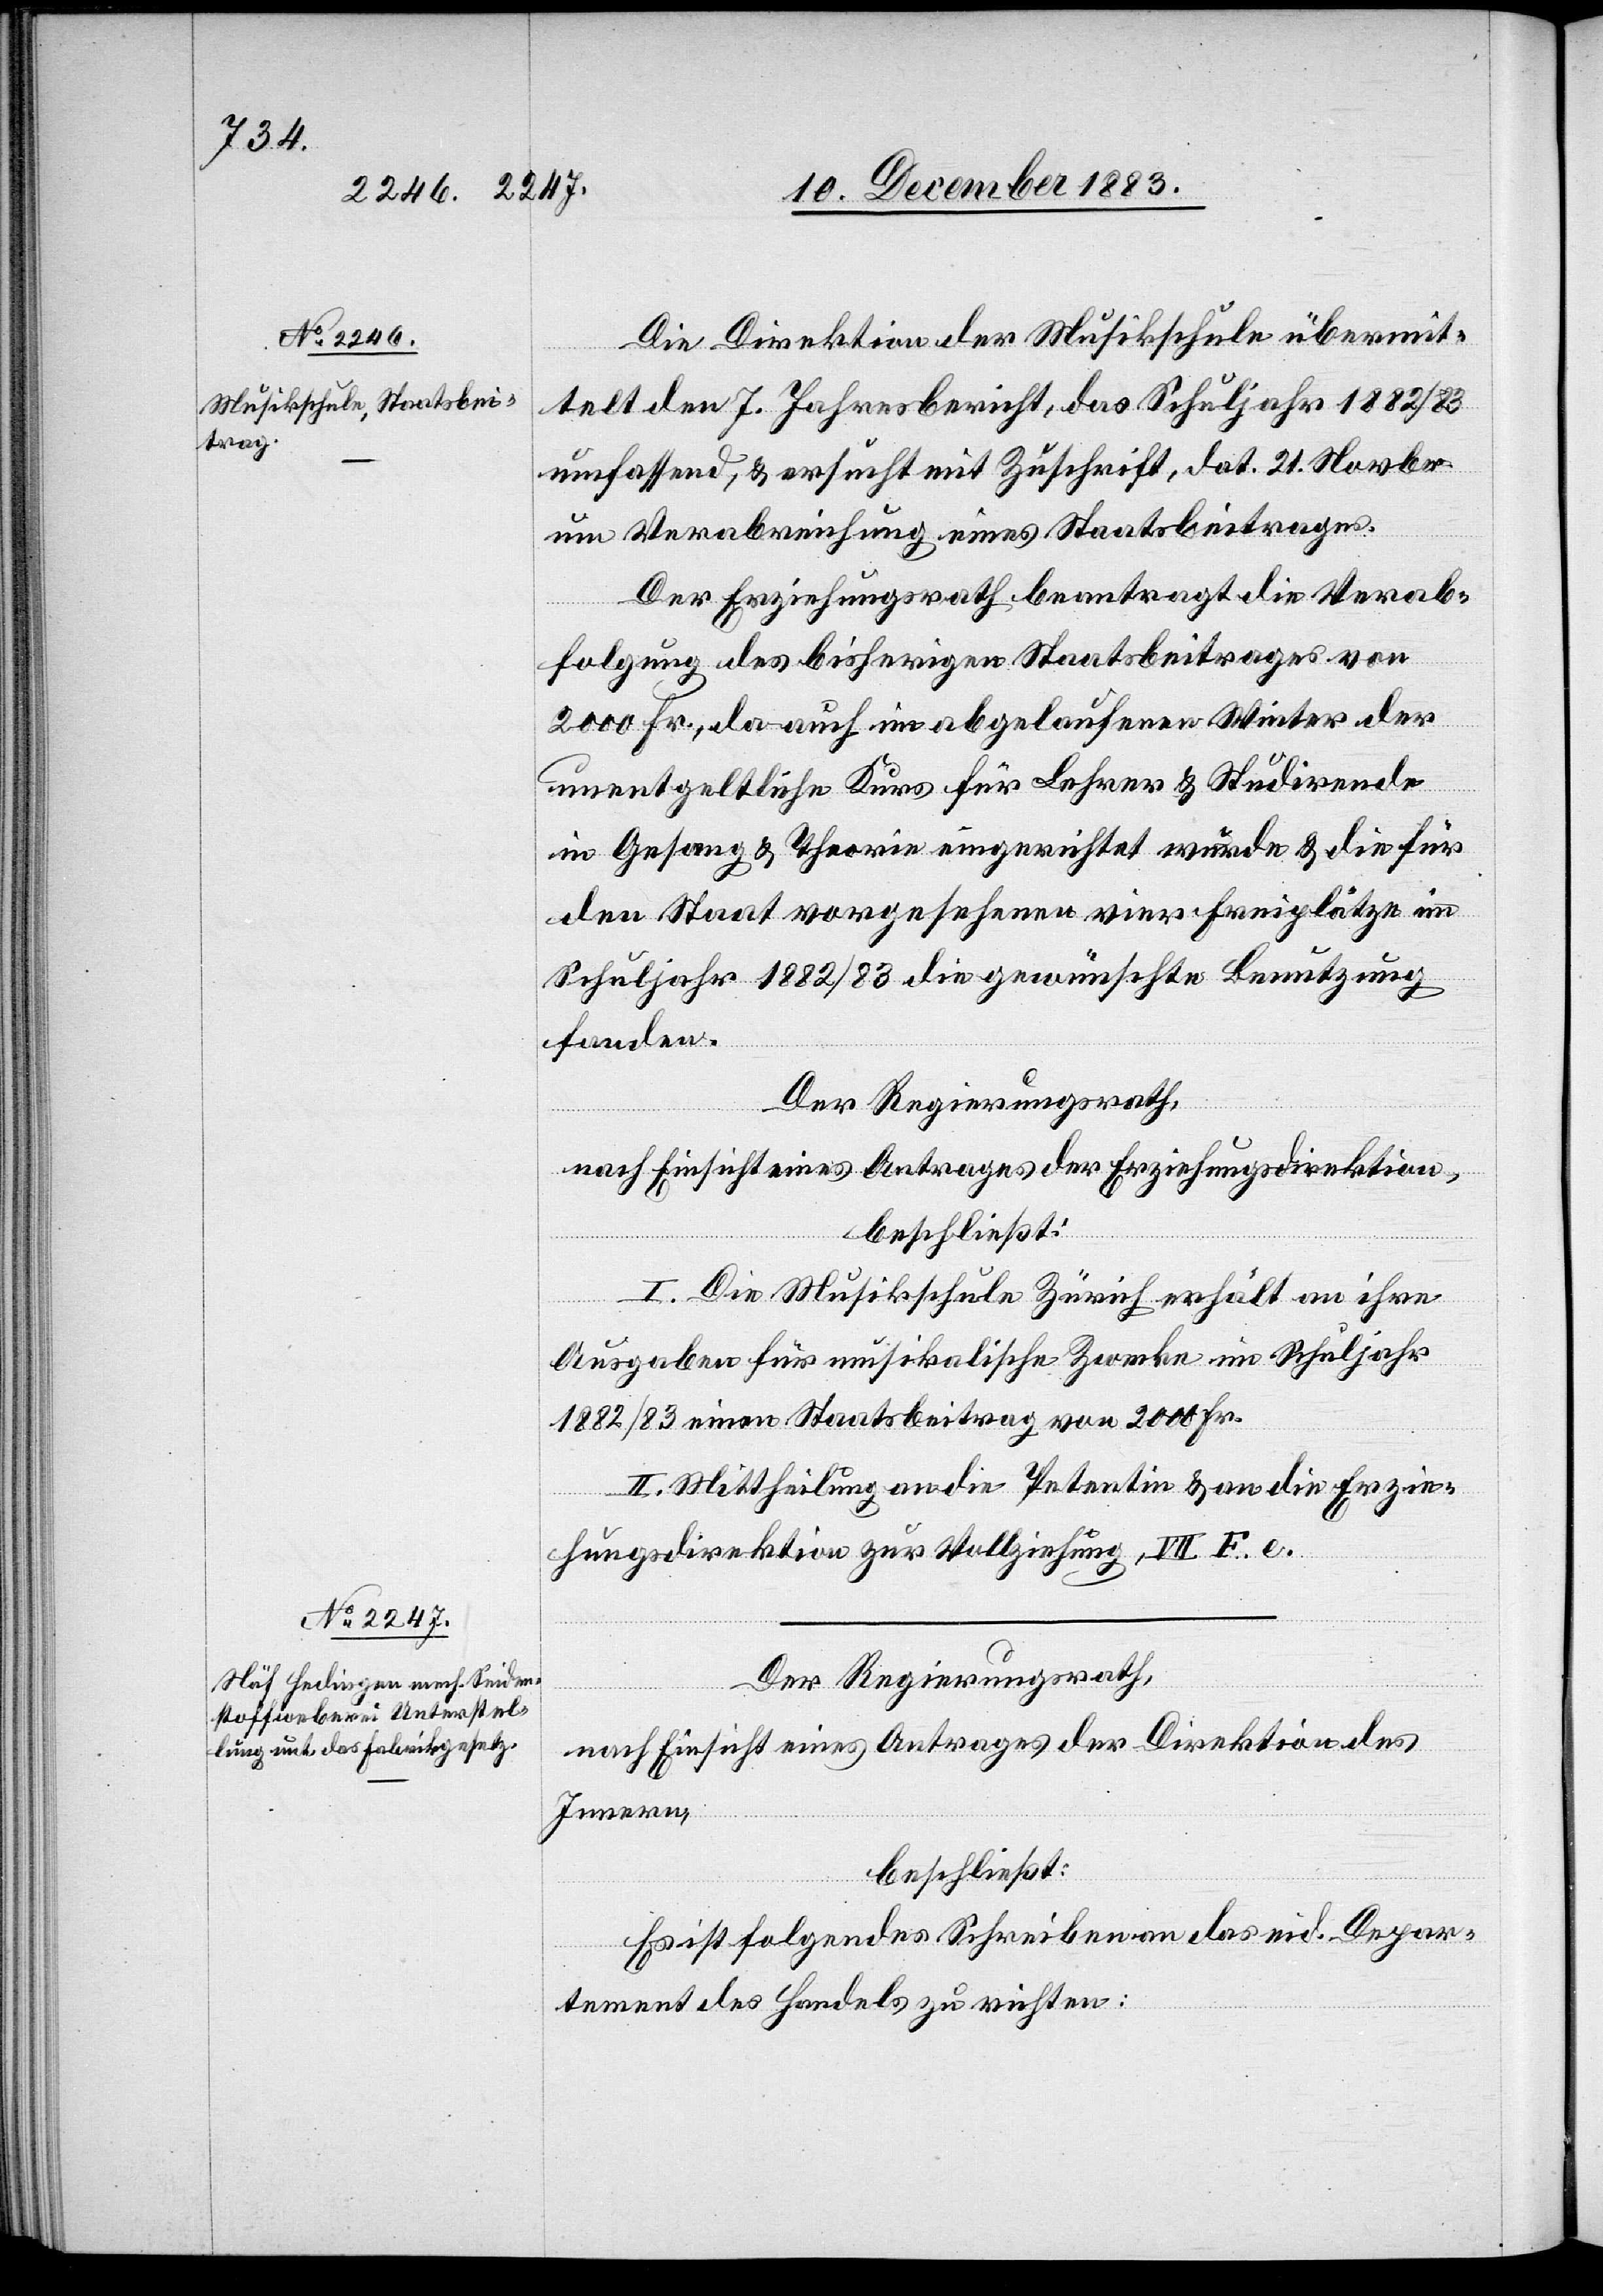
Die Direktion der Musikschule übermit¬
telte den 7. Jahresbericht, das Schuljahr 1882/83
umfassend, & ersucht mit Zuschrift. dat. 21. Novbr.
um Verabreichung eines Staatsbeitrages.
Der Erziehungsrath beantragt die Verab¬
folgung des bisherigen Staatsbeitrages von
2000 Fr., da auch abgelaufenen Winter der
unentgeltliche Kurs für Lehrer & Studirende
in Gesang & Theorie eingerichtet wurde & die für
den Staat vorgesehenen vier Freiplätze im
Schuljahr 1882/83 die gewünschte Benutzung
fanden.
Der Regierungsrath,
nach Einsicht eines Antrages der Erziehungsdirektion,
beschließt:
I. Die Musikschule Zürich erhält an ihre
Ausgaben für musikalische Zwecke im Schuljahr
1882/83 einen Staatsbeitrag von 2000 Fr.
II. Mittheilung an die Petentin & an die Erzie¬
hungsdirektion zur Vollziehung, VII F. e.
Der Regierungsrath,
nach Einsicht eines Antrages der Direktion des
Innern,
beschließt:
Es ist folgendes Schreiben an das eid. Depar¬
tement des Handels zu richten: